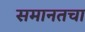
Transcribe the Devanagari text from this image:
समानतचा